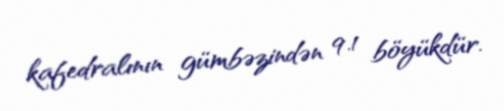
kafedralının gümbəzindən 9.1 böyükdür.